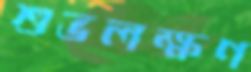
শুভলক্ষণ